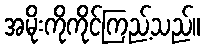
အမိုးကိုကိုင်ကြည့်သည်။